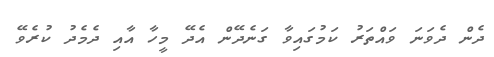
ދެން ދެވަނަ ވައްތަރު ކަމުގައިވާ ގަނެދޭން އެދޭ މީހާ އާއި ދެމެދު ކުރެވޭ